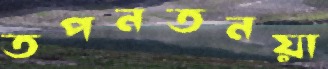
তপনতনয়া